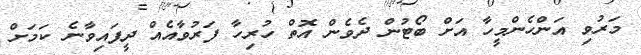
މަރުވި އަންހެންމީހާ އަށް ބޯޓުން ދެވެން އޮތް ހުރިހާ ފަރުވާއެއް ދީފައިވާނެ ކަމަށް